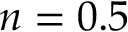
n = 0 . 5